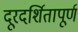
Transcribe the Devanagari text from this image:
दूरदर्शितापूर्ण